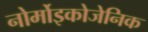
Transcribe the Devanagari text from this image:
नोर्मोइकोजेनिक